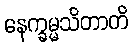
နေက္ခမ္မသိတာတိ